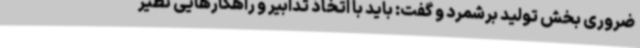
ضروری بخش تولید برشمرد و گفت: باید با اتخاذ تدابیر و راهکارهایی نظیر